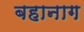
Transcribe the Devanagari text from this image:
बहानाग